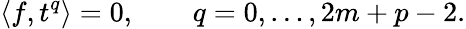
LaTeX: \langle f,t^{q}\rangle=0,\qquad q=0,\dots,2m+p-2.